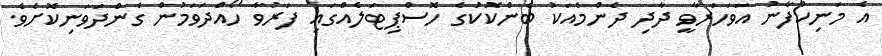
އެ މަނިކުފާނު އަވަހަރާވީ ދާދި ދެންމެއަކު ބެންކޮކުގެ ހޮސްޕިޓަލެއްގައި ފަރުވާ ހޯއްދަވަމުން ގެންދަވަނިކޮށެވެ.